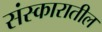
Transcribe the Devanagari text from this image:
संस्कारातील